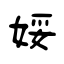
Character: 娞